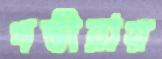
গম্ভীরায়